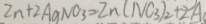
2 n + 2 A g N O _ { 3 } = 2 n ( N C _ { 3 } ) _ { 2 } + 2 A